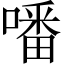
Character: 噃